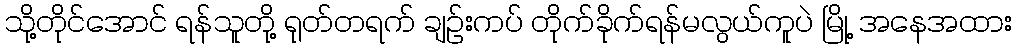
သို့တိုင်အောင် ရန်သူတို့ ရုတ်တရက် ချဉ်းကပ် တိုက်ခိုက်ရန်မလွယ်ကူပဲ မြို့ အနေအထား